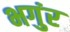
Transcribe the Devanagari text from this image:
भगुंर